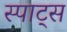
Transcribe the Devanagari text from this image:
स्पाट्स